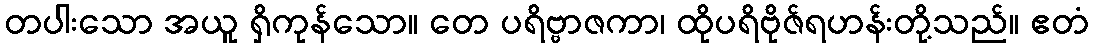
တပါးသော အယူ ရှိကုန်သော။ တေ ပရိဗ္ဗာဇကာ၊ ထိုပရိဗိုဇ်ရဟန်းတို့သည်။ ဧတံ